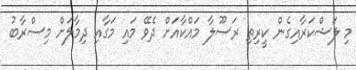
މި ލަޝްކަރާއިގެން ކީރިތި ރަސޫލާ މައްކާއަށް ދެވޭ މައި މަގާއި ދިމާލަށް މިސްރާބު